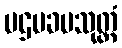
ပဌမခမသုတ္တံ